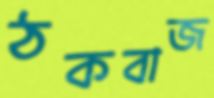
ঠকবাজ